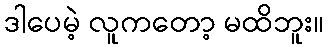
ဒါပေမဲ့ လူကတော့ မထိဘူး။